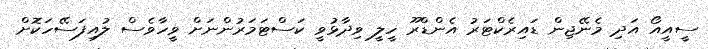
ސީއީއޯ އަދި މެނޭޖިން ޑައިރެކްޓަރު އެންޑްރޫ ހީލީ ވިދާޅުވީ ކަސްޓަމަރުންނަށް ވީހާވެސް ލުއިފަސޭހަކޮށް